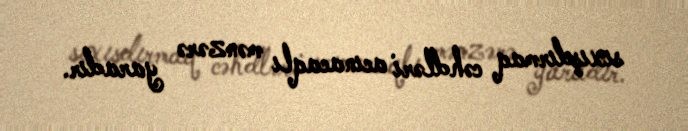
sıxışdırmaq cəhdləri acınacaqlı mənzərə yaradır.